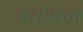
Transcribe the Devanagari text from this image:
गरीबांचा